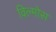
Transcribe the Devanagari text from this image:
विल्मोस